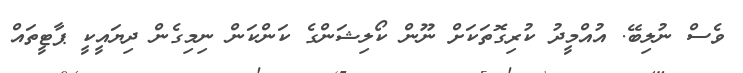
ވެސް ނުލިބޭ. އުއްމީދު ކުރިގޮތަކަށް ނޫން ކޯލިޝަންގެ ކަންކަން ނިމިގެން ދިޔައީކީ ޕާޓީތައް